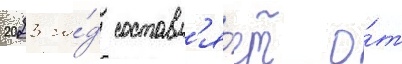
2023 го́д составл'я́ет о́т